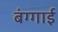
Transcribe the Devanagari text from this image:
बंग्गाई